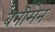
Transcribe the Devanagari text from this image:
बनीमेन